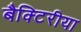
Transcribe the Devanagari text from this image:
बैक्टिरीया